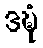
ဒဍ္ဎံ